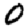
Digit: 0